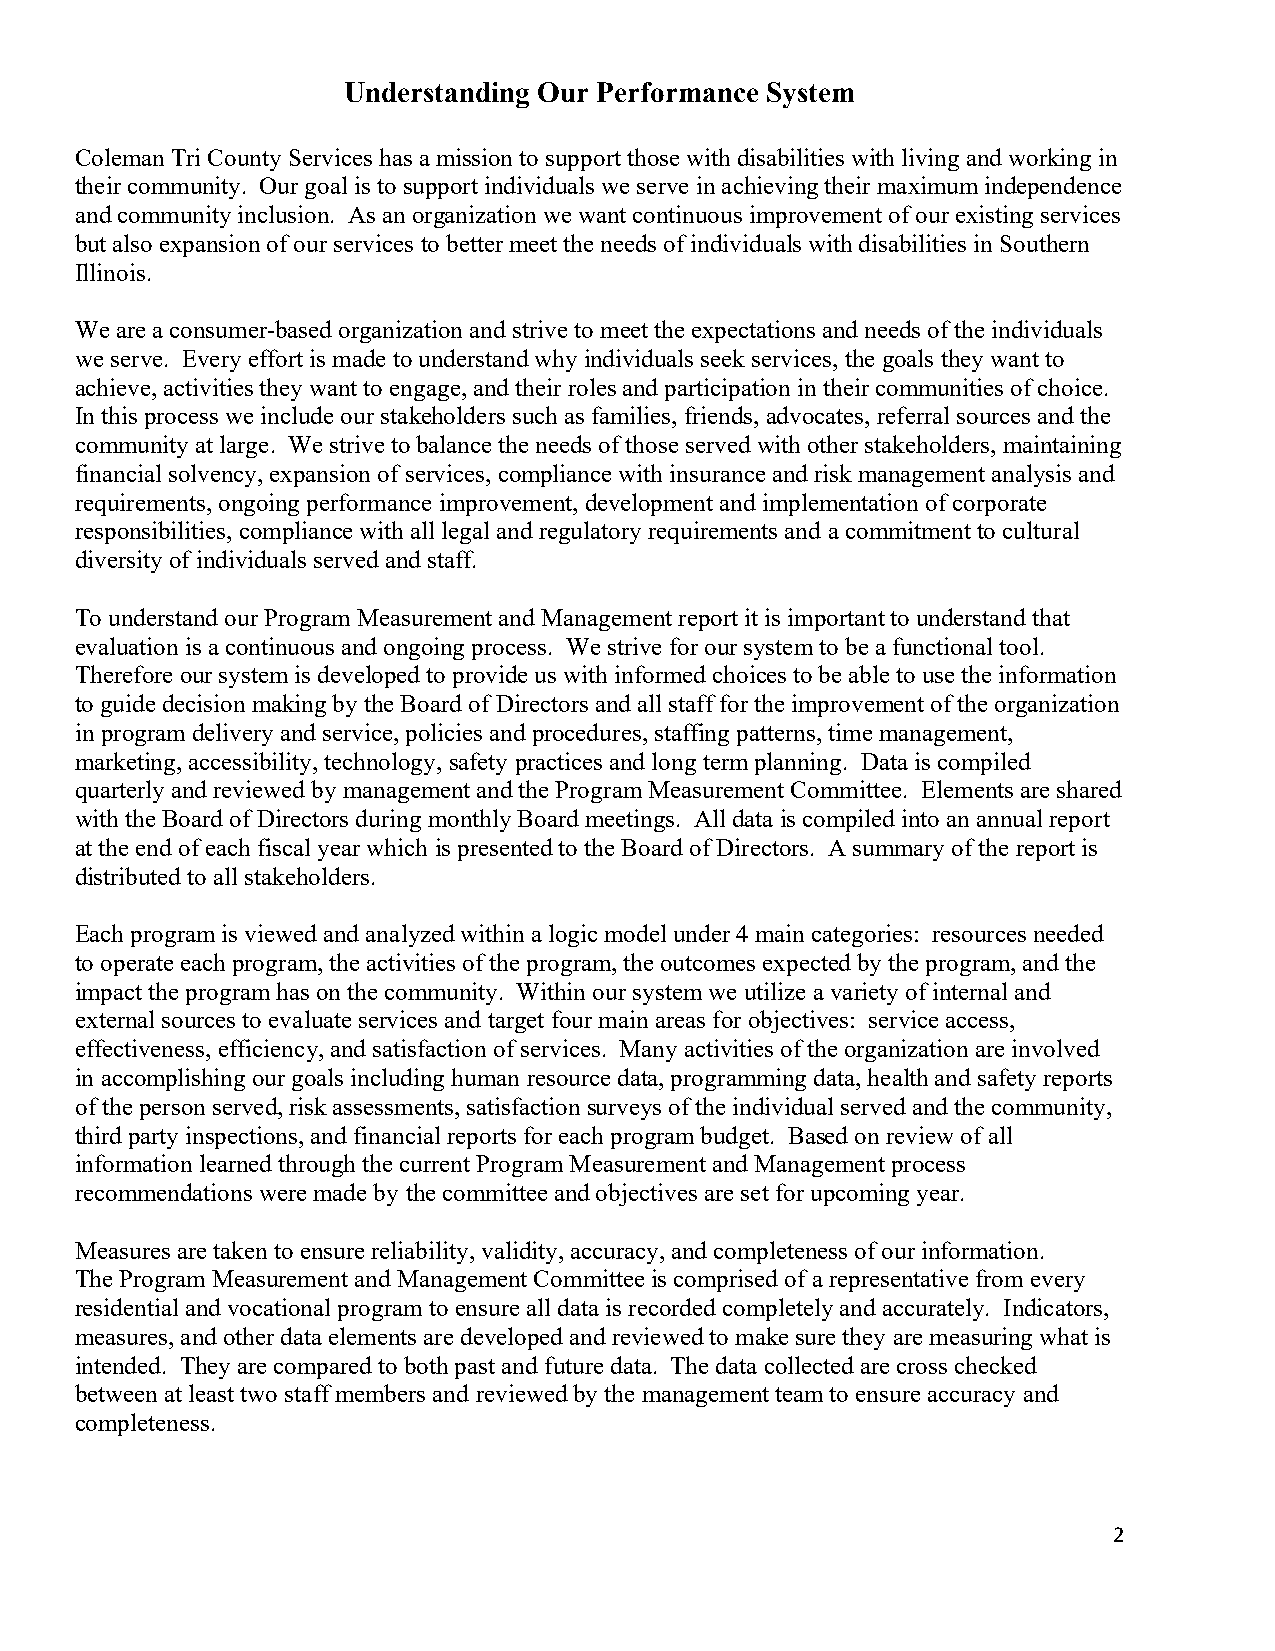
Understanding Our Performance System
 Coleman Tri County Services has a mission to support those with disabilities with living and working in
 their community. Our goal is to support individuals we serve in achieving their maximum independence
 and community inclusion. As an organization we want continuous improvement of our existing services
 but also expansion of our services to better meet the needs of individuals with disabilities in Southern
 Illinois.
 We are a consumer-based organization and strive to meet the expectations and needs of the individuals
 we serve. Every effort is made to understand why individuals seek services, the goals they want to
 achieve, activities they want to engage, and their roles and participation in their communities of choice.
 In this process we include our stakeholders such as families, friends, advocates, referral sources and the
 community at large. We strive to balance the needs of those served with other stakeholders, maintaining
 financial solvency, expansion of services, compliance with insurance and risk management analysis and
 requirements, ongoing performance improvement, development and implementation of corporate
 responsibilities, compliance with all legal and regulatory requirements and a commitment to cultural
 diversity of individuals served and staff.
 To understand our Program Measurement and Management report it is important to understand that
 evaluation is a continuous and ongoing process. We strive for our system to be a functional tool.
 Therefore our system is developed to provide us with informed choices to be able to use the information
 to guide decision making by the Board of Directors and all staff for the improvement of the organization
 in program delivery and service, policies and procedures, staffing patterns, time management,
 marketing, accessibility, technology, safety practices and long term planning. Data is compiled
 quarterly and reviewed by management and the Program Measurement Committee. Elements are shared
 with the Board of Directors during monthly Board meetings. All data is compiled into an annual report
 at the end of each fiscal year which is presented to the Board of Directors. A summary of the report is
 distributed to all stakeholders.
 Each program is viewed and analyzed within a logic model under 4 main categories: resources needed
 to operate each program, the activities of the program, the outcomes expected by the program, and the
 impact the program has on the community. Within our system we utilize a variety of internal and
 external sources to evaluate services and target four main areas for objectives: service access,
 effectiveness, efficiency, and satisfaction of services. Many activities of the organization are involved
 in accomplishing our goals including human resource data, programming data, health and safety reports
 of the person served, risk assessments, satisfaction surveys of the individual served and the community,
 third party inspections, and financial reports for each program budget. Based on review of all
 information learned through the current Program Measurement and Management process
 recommendations were made by the committee and objectives are set for upcoming year.
 Measures are taken to ensure reliability, validity, accuracy, and completeness of our information.
 The Program Measurement and Management Committee is comprised of a representative from every
 residential and vocational program to ensure all data is recorded completely and accurately. Indicators,
 measures, and other data elements are developed and reviewed to make sure they are measuring what is
 intended. They are compared to both past and future data. The data collected are cross checked
 between at least two staff members and reviewed by the management team to ensure accuracy and
 completeness.
 2